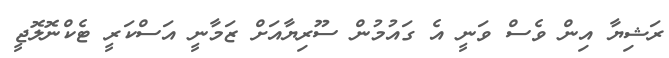
ރަޝިޔާ އިން ވެސް ވަނީ އެ ގައުމުން ސޫރިޔާއަށް ޒަމާނީ އަސްކަރީ ޓެކްނޮލޮޖީ